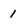
Character: 1